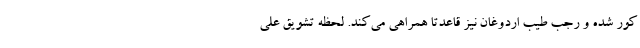
کور شده و رجب طیب اردوغان نیز قاعدتا همراهی می‌کند. لحظه تشویق علی